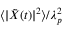
\langle | \tilde { X } ( t ) | ^ { 2 } \rangle / \lambda _ { p } ^ { 2 }